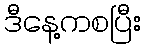
ဒီနေ့ကစပြီး